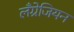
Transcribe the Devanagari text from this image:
लँग्रेजियन